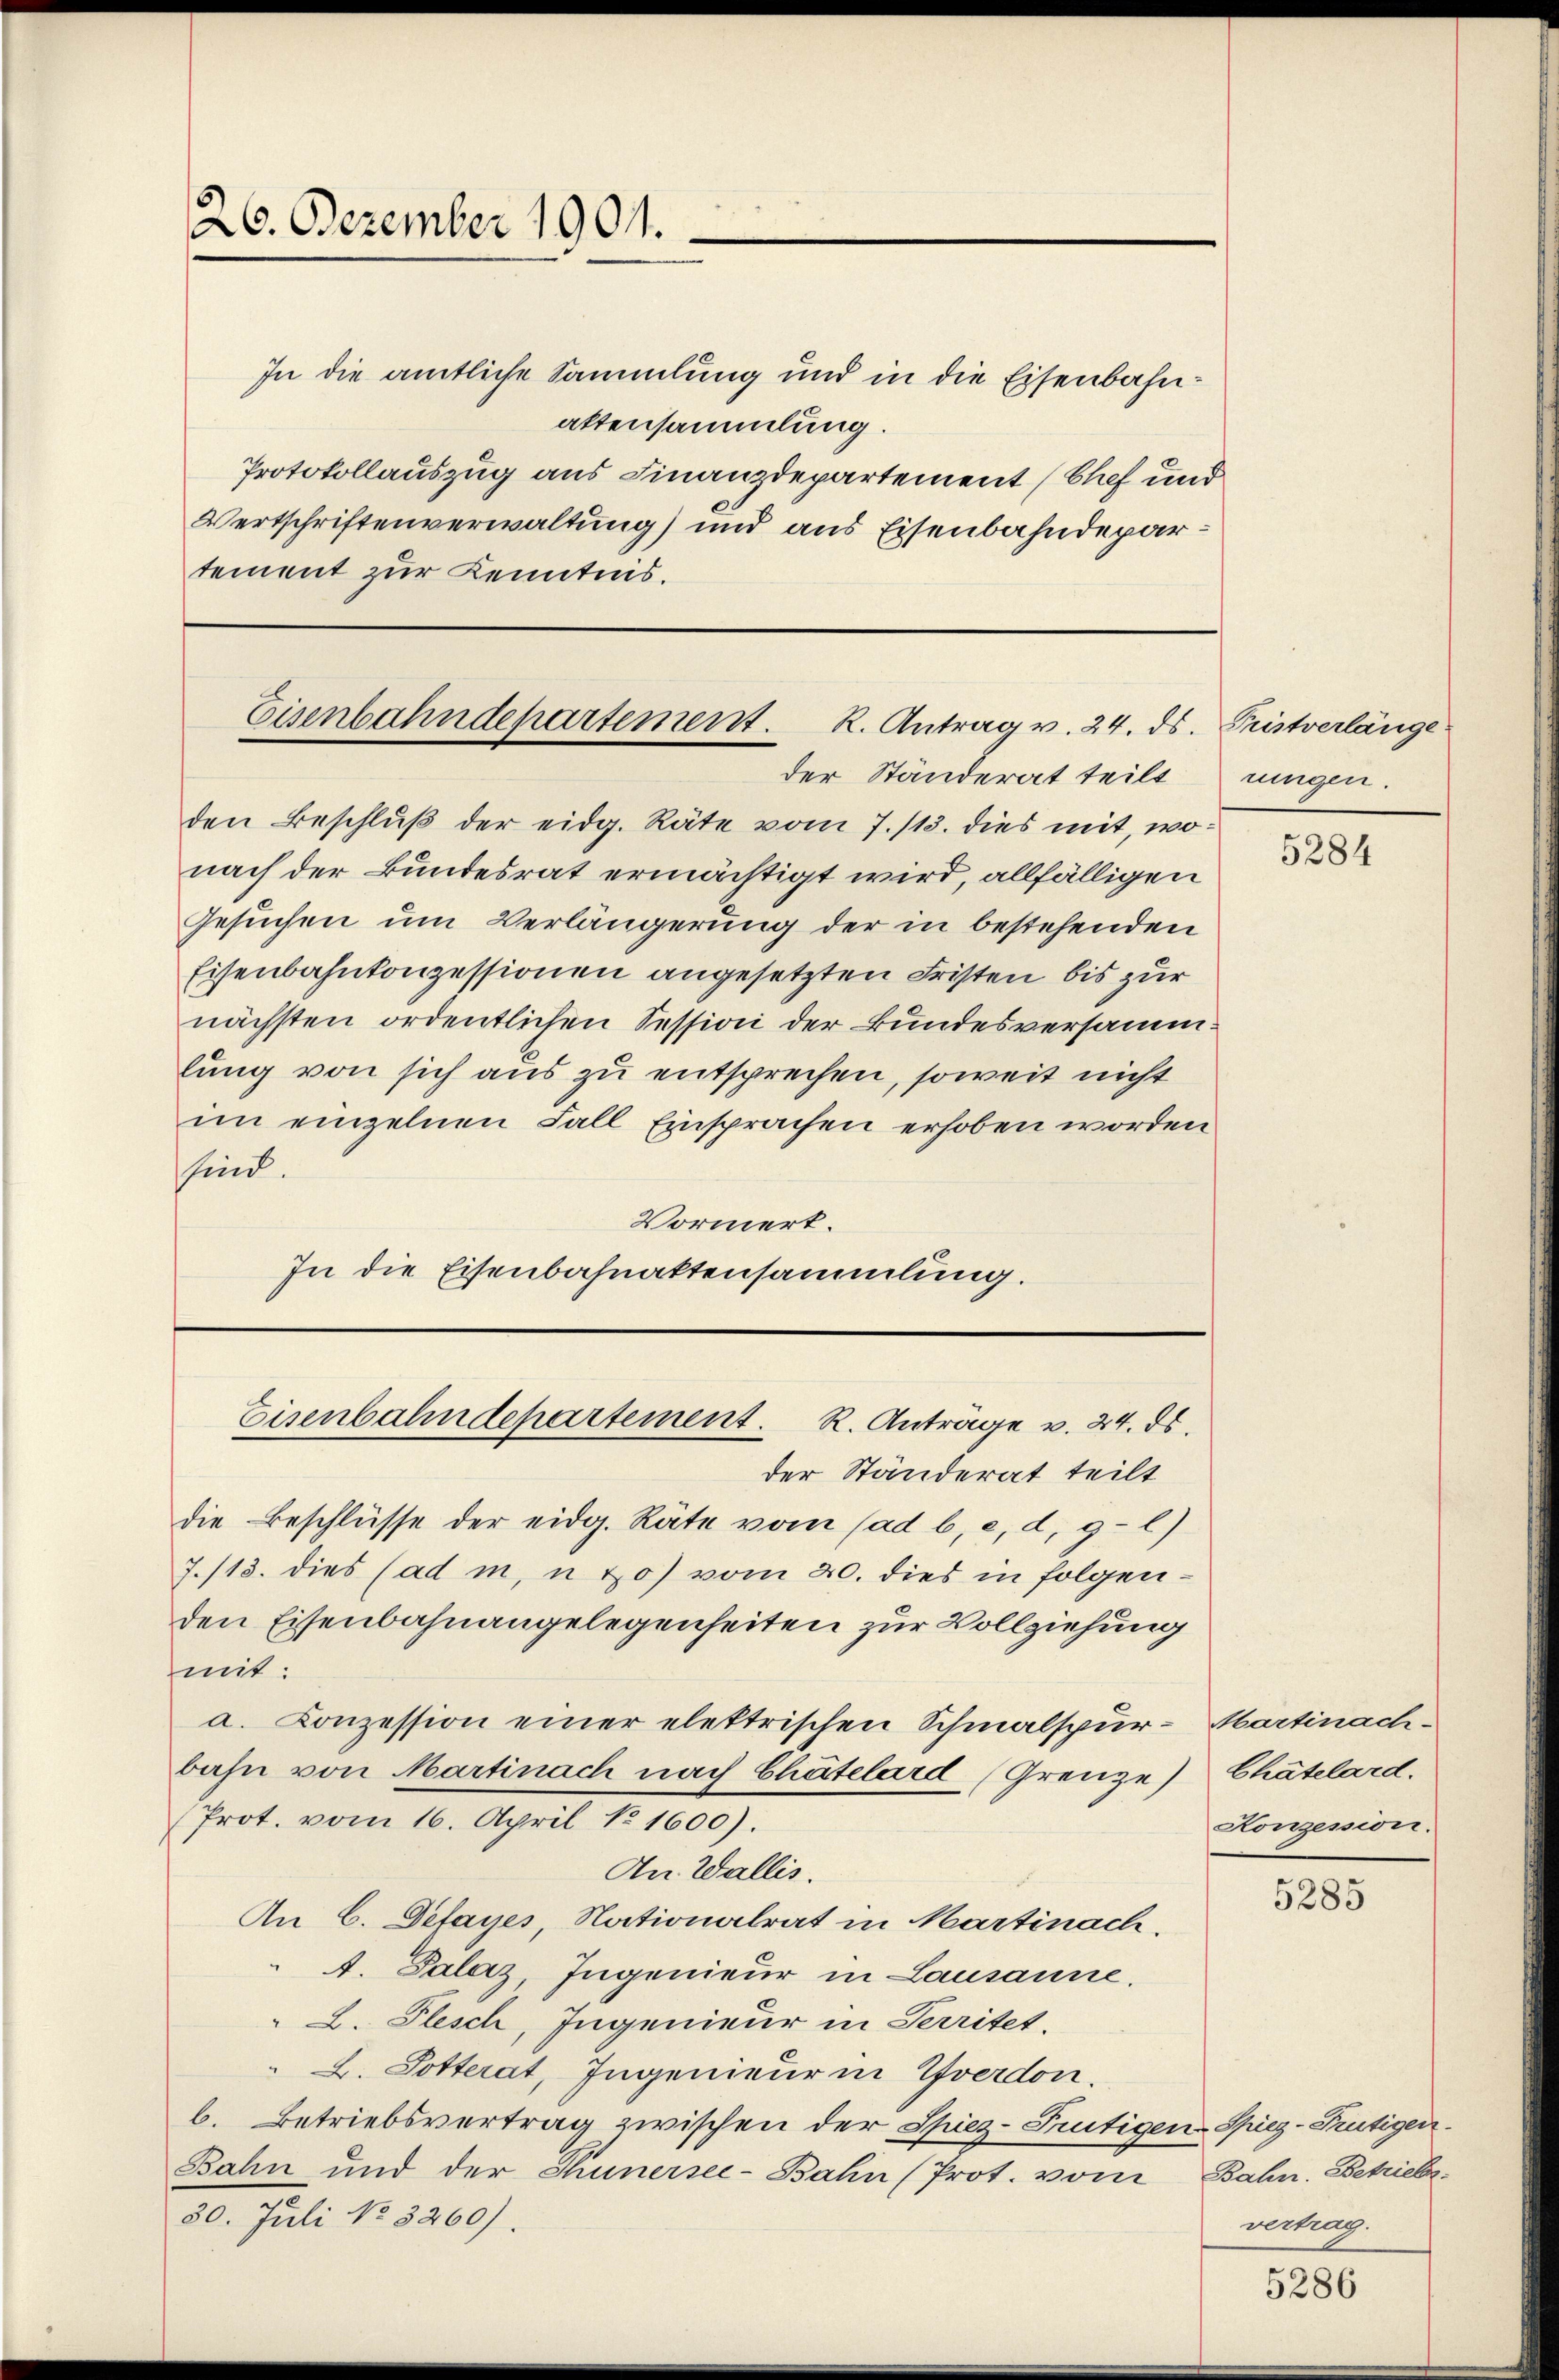
26. Dezember 1901.

In die amtliche Sammlung und in die Eisenbahnattensammlung.
Protokollauszug aus Finanzdepartement (Chef und
Wertschriftenverwaltung) und aus Eisenbahndepartement zur Kenntnis.

Eisenbahndepartement. R. Antrag v. 24. ds. Pristverlänge
der Ständerat teilt

Eisenbahndepartement. R. Anträge v. 24. ds.

der Ständerat teilt
die Beschlüsse der eidg. Räte vom (ad b, c, d. 9. l)
7./13. dies (ad in, u so vom 20. dies in folgenden Eisenbahnangelegenheiten zur Vollziehung
mit:
a. Conzession einer elektrischen Schmalspur- Martinach-
bahn von Martinach nach Chätelard (Grenze) Chätelard.
(Prot. vom 16. April No 1600).
An Wallis.
An C. Defayes, Nationalrat in Martinach.
A. Palaz, Ingenieur in Lausanne.
L. Plesch, Ingenieur in Territet.
L. Potterat, Ingenieur in Yverdon.
b. Betriebsvertrag zwischen der Spiez-Frutigen-Spiez-Frutigen¬
Bahn und der Thunersei-Bahn (Prot. vom Bahn. Betriebs¬
30. Juli No 3260).

den Beschlŭβ der eidg. Räte vom 7./13. dies mit, wonach der Bundesrat ermächtigt wird, allfälligen
Gesuchen um Verlängerung der in bestehenden
Eisenbahnkonzessionen angesetzten Fristen bis zur
nächsten ordentlichen Session der Bundesversammlung von sich aus zu entsprechen, soweit nicht
im einzelnen Fall Einsprachen erhoben worden
sind.
Vormert.
In die Eisenbahnaktensammlung.

rungen.

5284

Honzession.

5285

vertrag.

5286